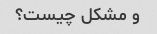
و مشکل چیست؟